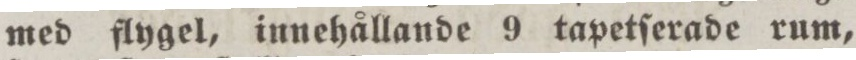
med flygel, innehållande 9 tapetſerade rum,